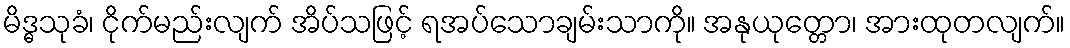
မိဒ္ဓသုခံ၊ ငိုက်မည်းလျက် အိပ်သဖြင့် ရအပ်သောချမ်းသာကို။ အနုယုတ္တော၊ အားထုတလျက်။